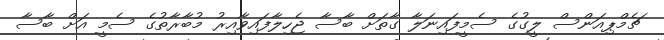
ޗެމްޕިއަންސް ލީގުގެ ސެމީފައިނަލާ ގާތަށް ބާސާ ޖެހިލާފައިވާއިރު މުބާރާތުގެ ސެމީ އަށް ބާސާ